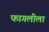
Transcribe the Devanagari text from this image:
फागलीला